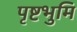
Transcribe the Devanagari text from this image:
पृष्टभुमि